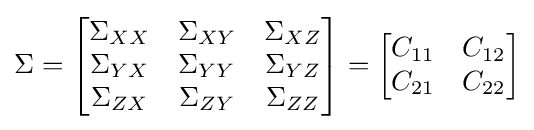
\Sigma ={\begin{bmatrix}\Sigma _{XX}&\Sigma _{XY}&\Sigma _{XZ}\\\Sigma _{YX}&\Sigma _{YY}&\Sigma _{YZ}\\\Sigma _{ZX}&\Sigma _{ZY}&\Sigma _{ZZ}\end{bmatrix}}={\begin{bmatrix}C_{11}&C_{12}\\C_{21}&C_{22}\\\end{bmatrix}}